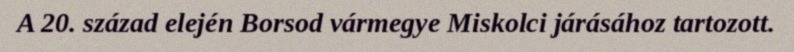
A 20. század elején Borsod vármegye Miskolci járásához tartozott.